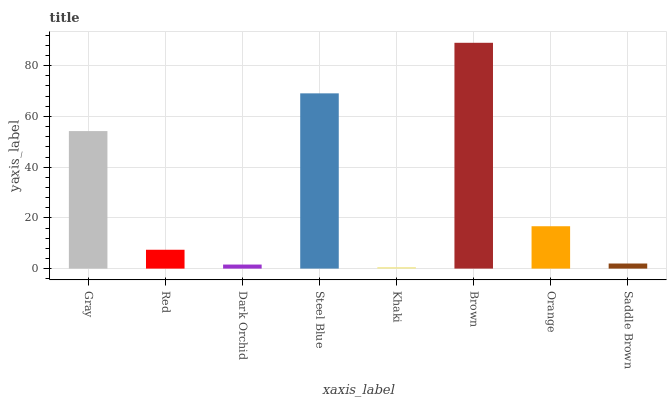
| xaxis_label | bars |
 | --- | --- |
 | Gray | 54.2 |
 | Red | 7.43 |
 | Dark Orchid | 1.6 |
 | Steel Blue | 69.1 |
 | Khaki | 0.557 |
 | Brown | 89 |
 | Orange | 16.7 |
 | Saddle Brown | 2.01 |